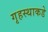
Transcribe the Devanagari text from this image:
गृहस्थाकडे